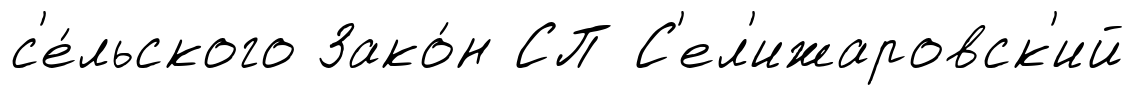
с'е́льского Зако́н СП С'ел'ижаровск'ий